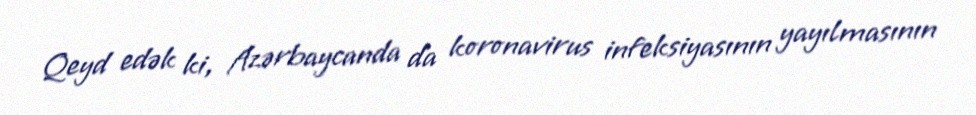
Qeyd edək ki, Azərbaycanda da koronavirus infeksiyasının yayılmasının